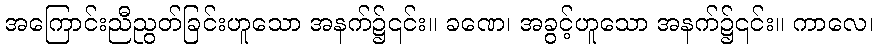
အကြောင်းညီညွတ်ခြင်းဟူသော အနက်၌၎င်း။ ခဏေ၊ အခွင့်ဟူသော အနက်၌၎င်း။ ကာလေ၊